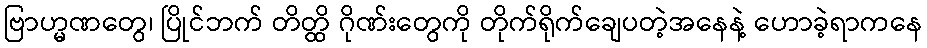
ဗြာဟ္မဏတွေ၊ ပြိုင်ဘက် တိတ္ထိ ဂိုဏ်းတွေကို တိုက်ရိုက်ချေပတဲ့အနေနဲ့ ဟောခဲ့ရာကနေ